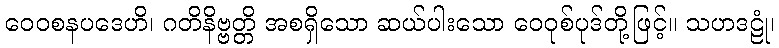
ဝေဝစနပဒေဟိ၊ ဂတိနိဗ္ဗတ္တိ အစရှိသော ဆယ်ပါးသော ဝေဝုစ်ပုဒ်တို့ဖြင့်။ သဟဒဠုံ၊